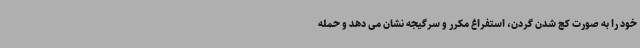
خود را به صورت کج شدن گردن، استفراغ مکرر و سرگیجه نشان می دهد و حمله